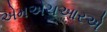
એમએચઆરએ